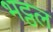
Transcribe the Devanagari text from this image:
भट्ठल